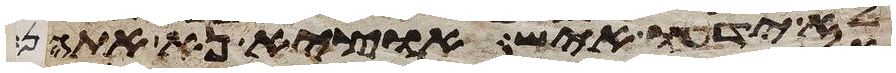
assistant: לא ידעו איש הוציא נא אתהן